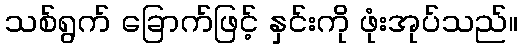
သစ်ရွက် ခြောက်ဖြင့် နှင်းကို ဖုံးအုပ်သည်။